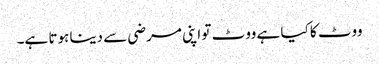
ووٹ کا کیا ہے ووٹ تو اپنی مرضی سے دینا ہوتا ہے۔